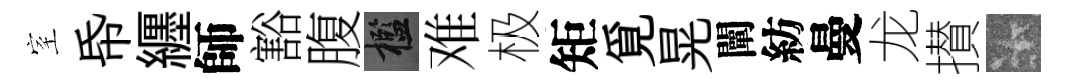
室帋纒師豁腹檻难极矩覓晃闡紡曼龙攅卡